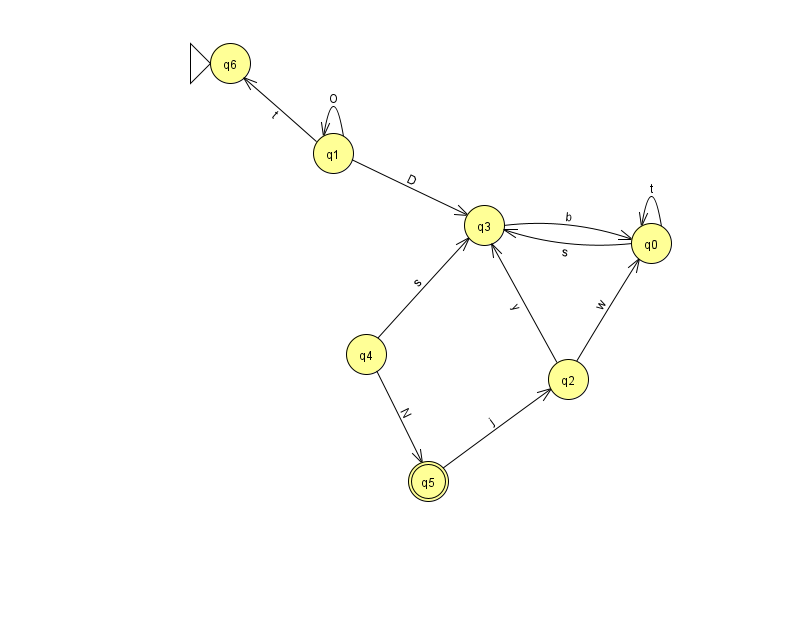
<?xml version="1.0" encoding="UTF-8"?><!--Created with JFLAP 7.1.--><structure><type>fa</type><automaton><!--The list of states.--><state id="0" name="q0"><x>651.0</x><y>230.0</y></state><state id="1" name="q1"><x>333.0</x><y>140.0</y></state><state id="2" name="q2"><x>568.0</x><y>366.0</y></state><state id="3" name="q3"><x>484.0</x><y>212.0</y></state><state id="4" name="q4"><x>366.0</x><y>341.0</y></state><state id="5" name="q5"><x>428.0</x><y>468.0</y><final/></state><state id="6" name="q6"><x>230.0</x><y>50.0</y><initial/></state><!--The list of transitions.--><transition><from>2</from><to>0</to><read>w</read></transition><transition><from>2</from><to>3</to><read>y</read></transition><transition><from>1</from><to>6</to><read>t</read></transition><transition><from>5</from><to>2</to><read>j</read></transition><transition><from>0</from><to>0</to><read>t</read></transition><transition><from>1</from><to>3</to><read>D</read></transition><transition><from>4</from><to>5</to><read>N</read></transition><transition><from>4</from><to>3</to><read>s</read></transition><transition><from>3</from><to>0</to><read>b</read></transition><transition><from>0</from><to>3</to><read>s</read></transition><transition><from>1</from><to>1</to><read>O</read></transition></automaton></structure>